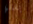
يقتلها